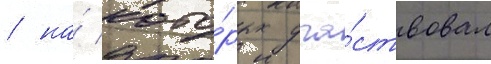
/ на́ кото́рых уча́ствовал